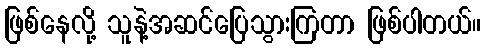
ဖြစ်နေလို့ သူနဲ့အဆင်ပြေသွားကြတာ ဖြစ်ပါတယ်။